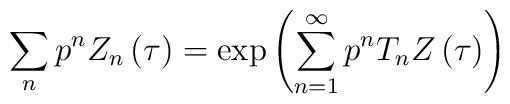
\sum _{n}p^{n}Z_{n}\left( \tau \right) =\exp \left( \sum _{n=1}^{\infty }p^{n}T_{n}Z\left( \tau \right) \right)